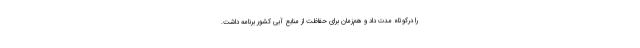
را درکوتاه مدت داد و هم‌زمان برای حفاظت از منابع آبی کشور برنامه داشت.